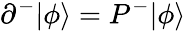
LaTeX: \partial^{-}|\phi\rangle=P^{-}|\phi\rangle